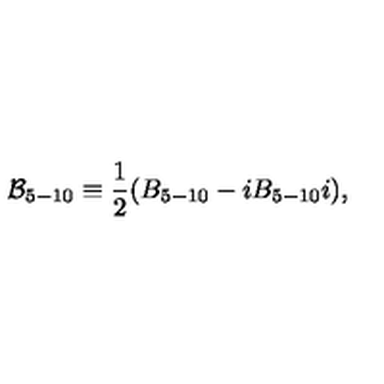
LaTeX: { \cal B } _ { 5 - 1 0 } \equiv \frac { 1 } { 2 } ( B _ { 5 - 1 0 } - i B _ { 5 - 1 0 } i ) ,